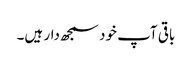
باقی آپ خود سمجھ دار ہیں۔